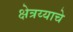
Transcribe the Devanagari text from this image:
क्षेत्रय्याचे